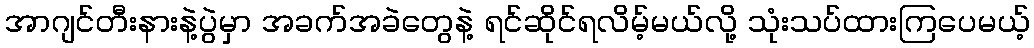
အာဂျင်တီးနားနဲ့ပွဲမှာ အခက်အခဲတွေနဲ့ ရင်ဆိုင်ရလိမ့်မယ်လို့ သုံးသပ်ထားကြပေမယ့်